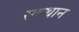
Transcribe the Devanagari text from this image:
सक्थान